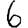
Digit: 6